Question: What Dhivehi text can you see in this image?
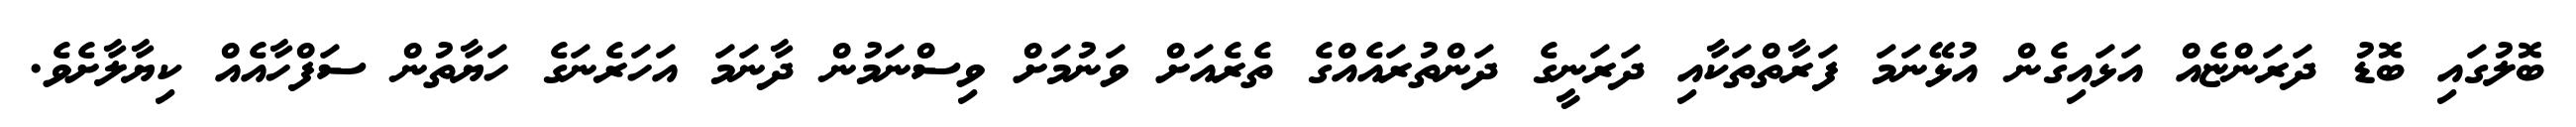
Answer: ބޮލުގައި ބޮޑު ދަރަންޏެއް އަޅައިގެން އުޅޭނަމަ ފަރާތްތަކާއި ދަރަނީގެ ދަންތުރައެއްގެ ތެރެއަށް ވަނުމަށް ވިސްނަމުން ދާނަމަ އަހަރެނަގެ ހަޔާތުން ސަފްހާއެއް ކިޔާލާށެވެ.